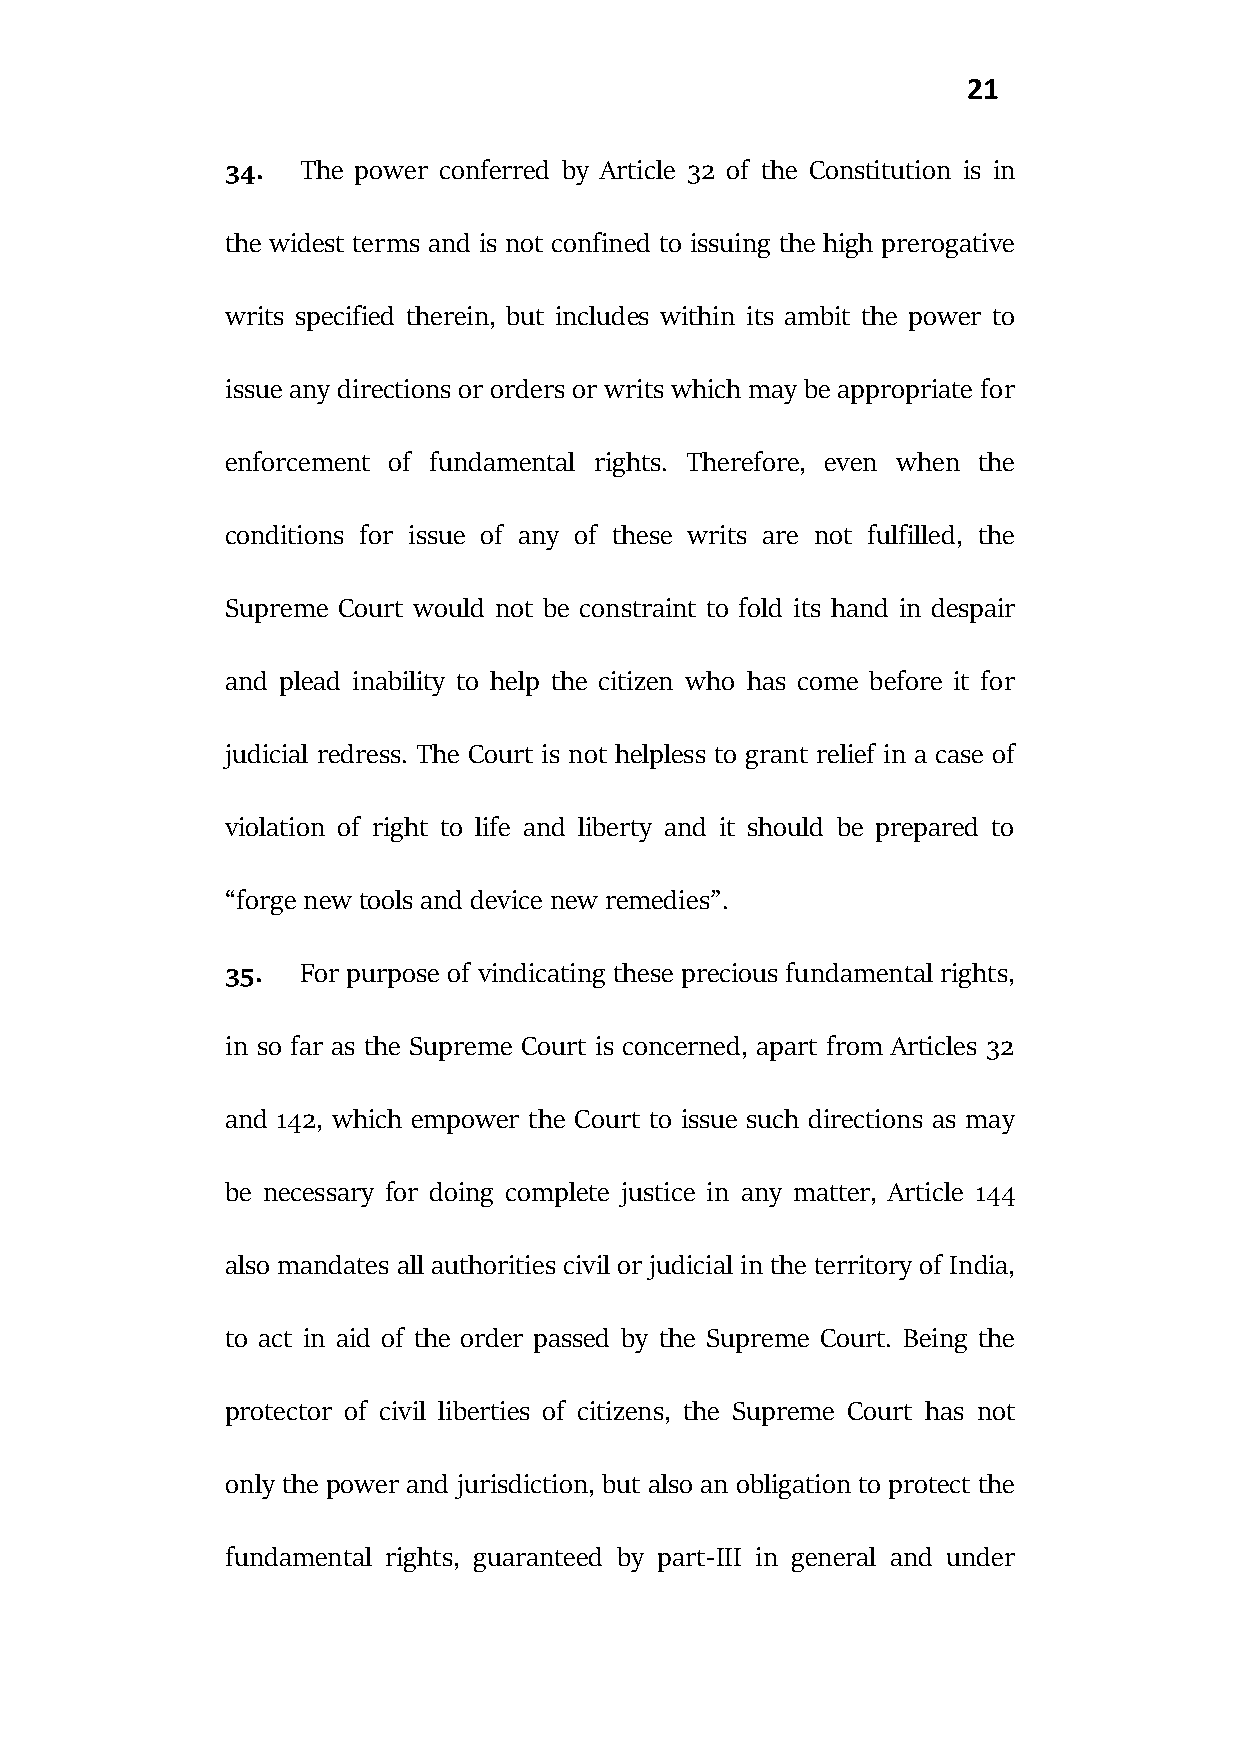
21
 34.  The power conferred by Article 32 of the Constitution is in
 the widest terms and is not confined to issuing the high prerogative
 writs specified therein, but includes within its ambit the power to
 issue any directions or orders or writs which may be appropriate for
 enforcement of fundamental rights. Therefore, even when the
 conditions for issue of any of these writs are not fulfilled, the
 Supreme Court would not be constraint to fold its hand in despair
 and plead inability to help the citizen who has come before it for
 judicial redress. The Court is not helpless to grant relief in a case of
 violation of right to life and liberty and it should be prepared to
 “forge new tools and device new remedies”.
 35.  For purpose of vindicating these precious fundamental rights,
 in so far as the Supreme Court is concerned, apart from Articles 32
 and 142, which empower the Court to issue such directions as may
 be necessary for doing complete justice in any matter, Article 144
 also mandates all authorities civil or judicial in the territory of India,
 to act in aid of the order passed by the Supreme Court. Being the
 protector of civil liberties of citizens, the Supreme Court has not
 only the power and jurisdiction, but also an obligation to protect the
 fundamental rights, guaranteed by part-III in general and under